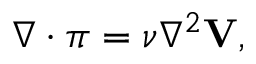
\begin{array} { r } { \nabla \cdot \boldsymbol { \pi } = \nu \nabla ^ { 2 } { \mathbf V } , } \end{array}